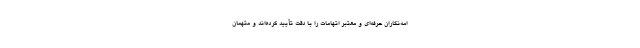
امه‌نگاران حرفه‌ای و معتبر اتهامات را با دقت تأیید کرده‌اند و متهمان